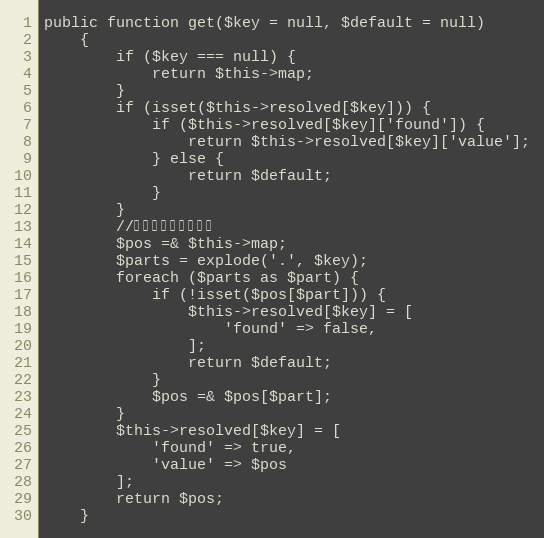
Language: PHP
public function get($key = null, $default = null)
    {
        if ($key === null) {
            return $this->map;
        }
        if (isset($this->resolved[$key])) {
            if ($this->resolved[$key]['found']) {
                return $this->resolved[$key]['value'];
            } else {
                return $default;
            }
        }
        //引用可减少内存使用
        $pos =& $this->map;
        $parts = explode('.', $key);
        foreach ($parts as $part) {
            if (!isset($pos[$part])) {
                $this->resolved[$key] = [
                    'found' => false,
                ];
                return $default;
            }
            $pos =& $pos[$part];
        }
        $this->resolved[$key] = [
            'found' => true,
            'value' => $pos
        ];
        return $pos;
    }